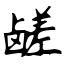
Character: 鹾